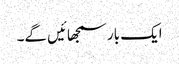
ایک بار سمجھائیں گے۔